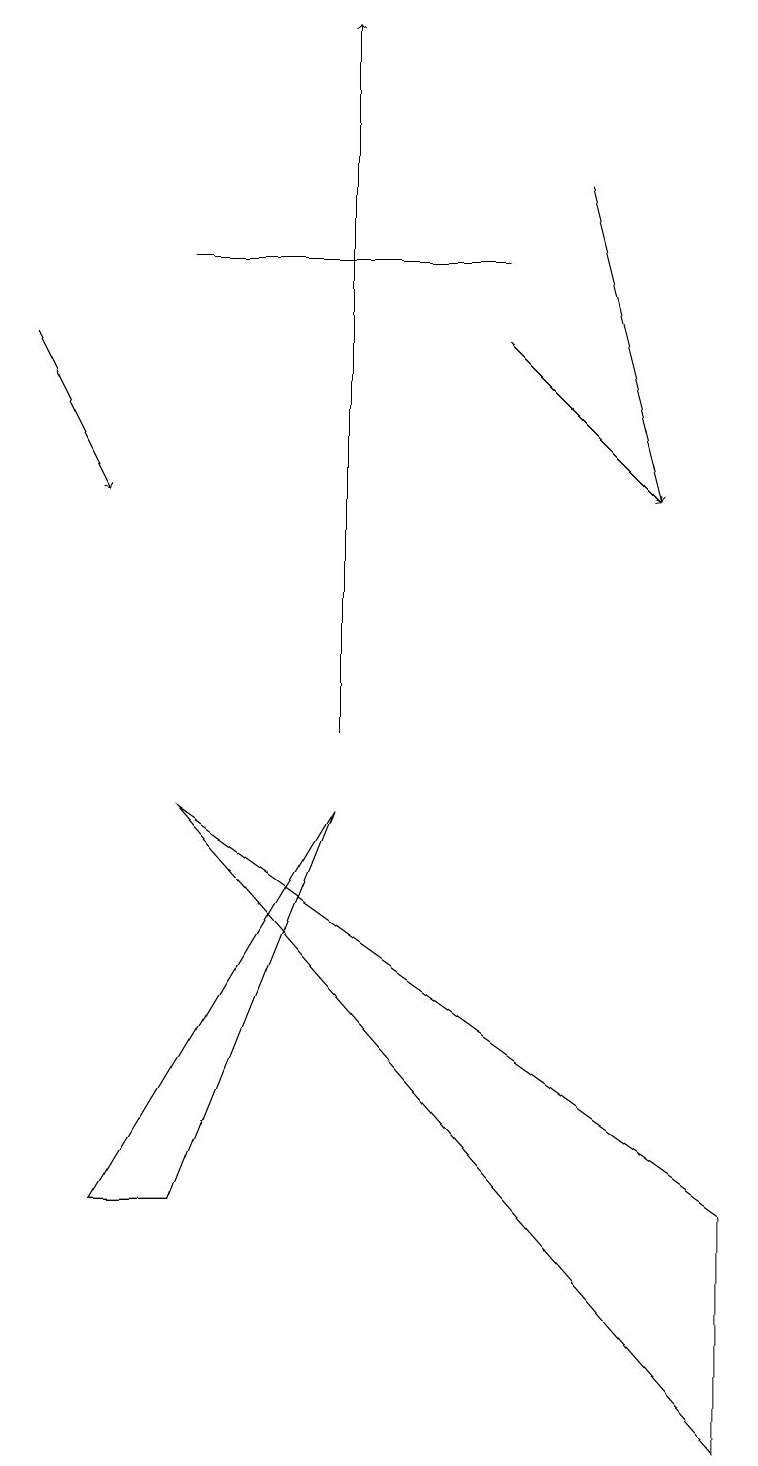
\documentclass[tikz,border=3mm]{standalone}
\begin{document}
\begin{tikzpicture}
\draw (2,16) rectangle (6,16);
\draw[->] (6,15) -- (8,13);
\draw (9,1) -- (2,9) -- (9,4) -- cycle;
\draw[->] (0,15) -- (1,13);
\draw[->] (4,10) -- (4,19);
\draw[->] (7,17) -- (8,13);
\draw (2,4) -- (4,9) -- (1,4) -- cycle;
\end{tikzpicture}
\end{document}